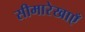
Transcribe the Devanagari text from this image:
सीमारेखाएँ